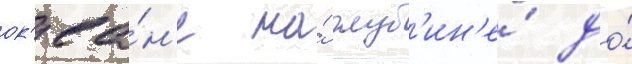
ок'еа́н'е на́ глуб'ин'е́ до́